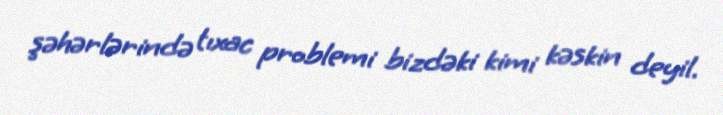
şəhərlərində tıxac problemi bizdəki kimi kəskin deyil.